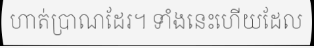
ហាត់ប្រាណដែរ។ ទាំងនេះហើយដែល